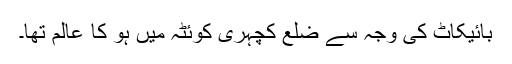
بائیکاٹ کی وجہ سے ضلع کچہری کوئٹہ میں ہو کا عالم تھا۔